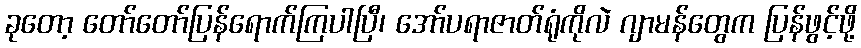
ခုတော့ တော်တော်ပြန်ရောက်ကြပါပြီ၊ အော်ပရာဇာတ်ရုံကိုလဲ ဂျာမန်တွေက ပြန်ဖွင့်ဖို့